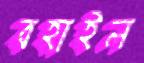
বহাইল